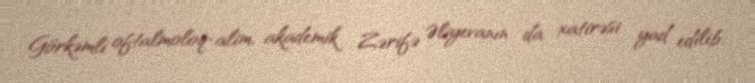
Görkəmli oftalmoloq-alim, akademik Zərifə Əliyevanın da xatirəsi yad edilib,